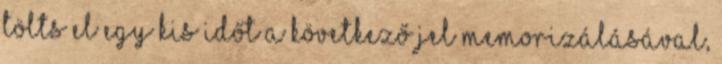
Tölts el egy kis időt a következő jel memorizálásával,